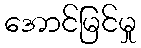
အောင်မြင်မှု